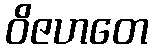
ဝိဇဟတေ